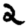
Digit: 2